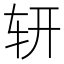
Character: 𨐆